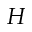
H